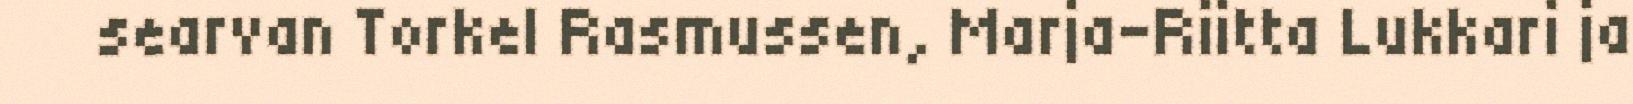
searvan Torkel Rasmussen, Marja-Riitta Lukkari ja